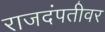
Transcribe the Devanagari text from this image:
राजदंपतीवर